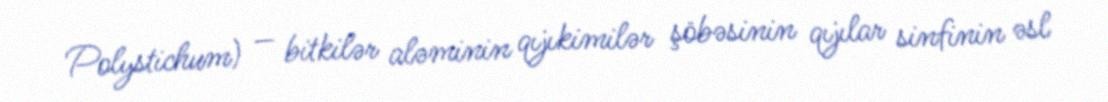
Polystichum) — bitkilər aləminin qıjıkimilər şöbəsinin qıjılar sinfinin əsl